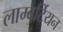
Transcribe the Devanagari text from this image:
लाम्बर्टियन